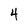
Character: 4